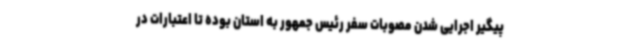
پیگیر اجرایی شدن مصوبات سفر رئیس جمهور به استان بوده تا اعتبارات در